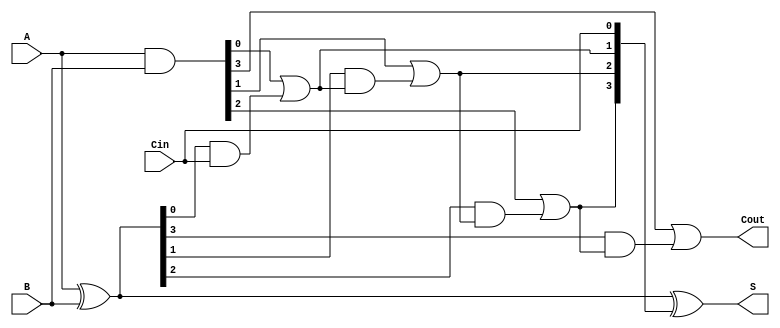
module SklanskyAdder #(parameter n = 4) (
    input  [n-1:0] A,      // First n-bit input
    input  [n-1:0] B,      // Second n-bit input
    input          Cin,     // Input carry
    output [n-1:0] S,      // n-bit sum output
    output         Cout     // Final carry output
);

    // Generate and Propagate signals
    wire [n-1:0] G; // Generate signals
    wire [n-1:0] P; // Propagate signals
    wire [n:0] C;   // Carry signals

    // Generate and Propagate calculations
    assign G = A & B;          // Generate
    assign P = A ^ B;          // Propagate

    // Carry calculations
    assign C[0] = Cin;         // Initial carry
    genvar i;
    
    // Level 1 carry calculations
    for (i = 0; i < n; i = i + 1) begin
        if (i == 0) begin
            assign C[i + 1] = G[i] | (P[i] & C[i]);
        end else begin
            assign C[i + 1] = G[i] | (P[i] & C[i]);
        end
    end

    // Sum calculations
    assign S = P ^ C[n-1:0];   // Sum output
    assign Cout = C[n];        // Final carry output

endmodule